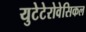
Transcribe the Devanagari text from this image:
युटेटेरोवेसिकल